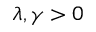
\lambda , \gamma > 0